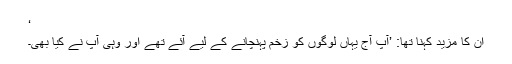
‘
ان کا مزید کہنا تھا: ’آپ آج یہاں لوگوں کو زخم پہنچانے کے لیے آئے تھے اور وہی آپ نے کیا بھی۔